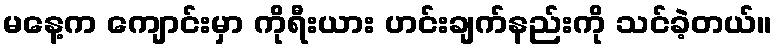
မနေ့က ကျောင်းမှာ ကိုရီးယား ဟင်းချက်နည်းကို သင်ခဲ့တယ်။